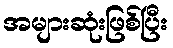
အများဆုံးဖြစ်ပြီး